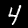
Digit: 4